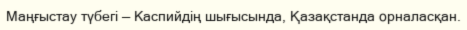
Маңғыстау түбегі — Каспийдің шығысында, Қазақстанда орналасқан.